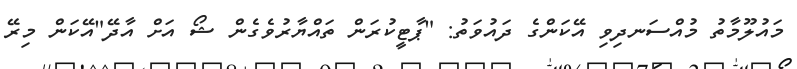
މައުލޫމާތު މުއްސަނދިވި އޭކަންގެ ދައުވަތު: "ޕާޓީކުުރަން ތައްޔާރުވެގެން ޝޯ އަށް އާދޭ"އޭކަން މިރޭ